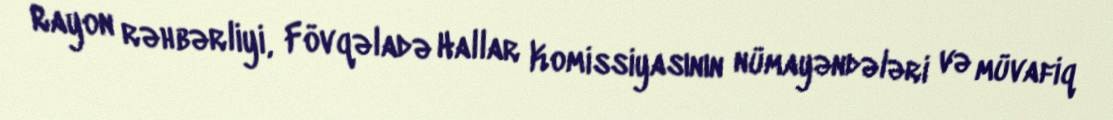
Rayon rəhbərliyi, Fövqəladə Hallar Komissiyasının nümayəndələri və müvafiq